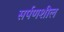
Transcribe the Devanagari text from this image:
सर्पणशील